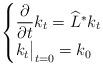
LaTeX: \begin{align*}\begin{cases}\dfrac{\partial}{\partial t} k_t = {\widehat{L}}^\ast k_t \\k_t \bigr|_{t=0} = k_0\end{cases}\end{align*}